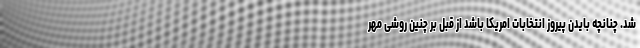
شد. چنانچه بایدن پیروز انتخابات امریکا باشد از قبل بر چنین روشی مُهر